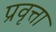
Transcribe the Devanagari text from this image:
प्रवृत्ता